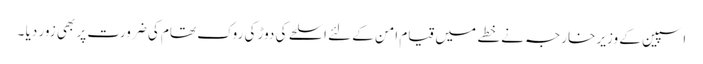
اسپین کے وزیر خارجہ نے خطے میں قیام امن کے لئے اسلحے کی دوڑ کی روک تھام کی ضرورت پر بھی زور دیا ۔